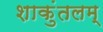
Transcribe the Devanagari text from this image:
शाकुंतलम्‌